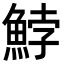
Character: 𩷚